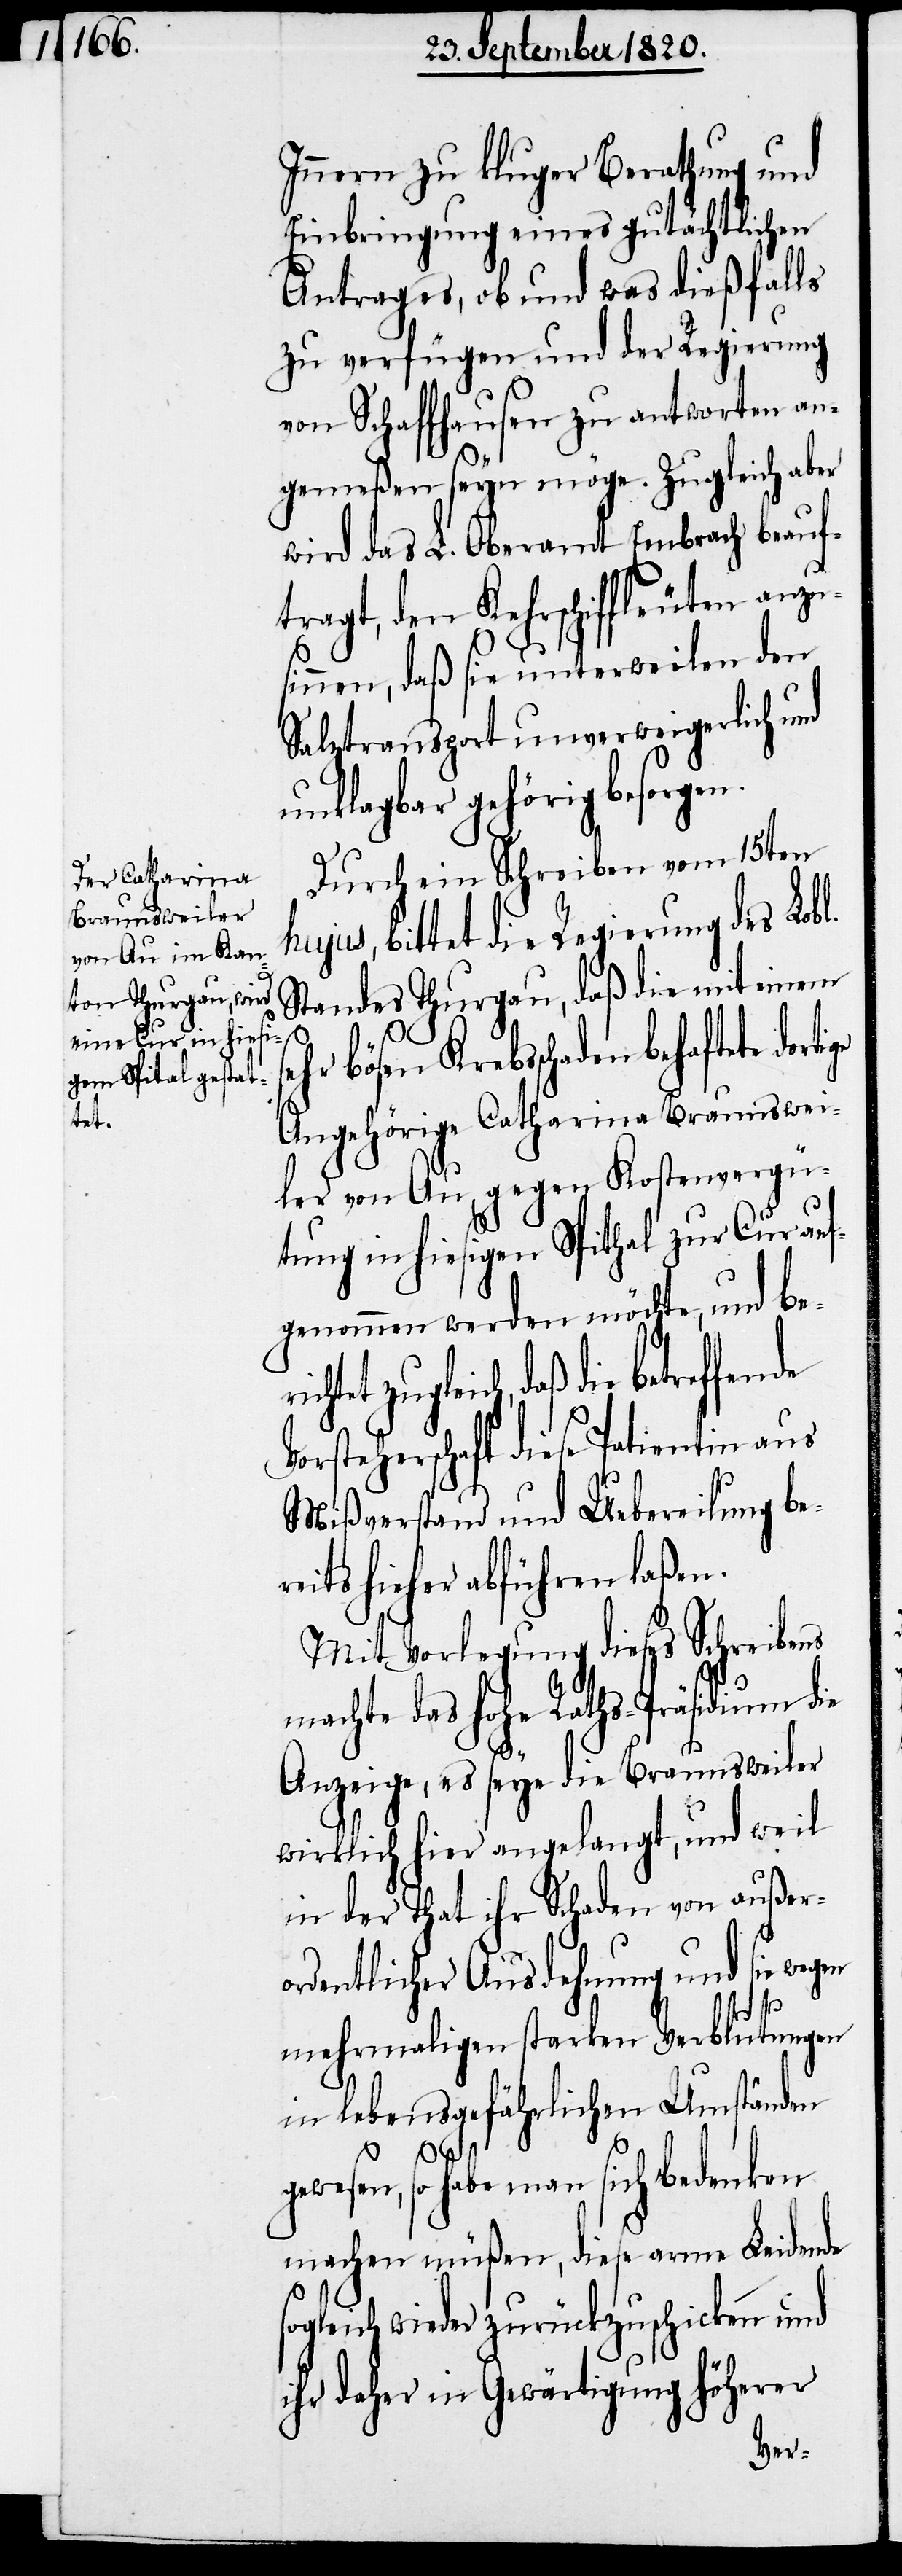
Innern zu kluger Berathung und
Einbringung eines gutächtlichen
Antrages, ob und was dießfalls
zu verfügen und der Regierung
von Schaffhausen zu antworten an¬
gemeßen seyn möge. Zugleich aber
wird das L. Oberamt Embrach beauf¬
tragt, den Kehrschiffleuten anzu¬
sinnen, daß sie unterweilen den
Salztransport unverweigerlich und
unklagbar gehörig besorgen.
Durch ein Schreiben vom 15ten
ujus, bittet die Regierung des Lob¬
Standes Thurgau, daß die mit einem
se¬
hr bösen Krebsschaden behaftete
Angehörige Catharina Braunswei¬
ler von Au gegen Kostenvergü¬
tung in hiesigen Spithal zur Cur auf¬
genommen werden möchte, und be¬
zugleich, daß die betreffende
Vorsteherschaft diese Patientin aus
Mißverstand und Uebereilung ber¬
eits hieher abführen laßen.
Mit Vorlegung dieses Schreibens
machte das hohe Raths-Präsidium die
Anzeige, es seye die Braunsweiler
wirklich hier angelangt, und weil
in der That ihr Schaden von außer¬
ordentlicher Ausdehnung und sie wegen
richtet
mehrmaligen starken Verblutungen
in lebensgefährlichen Umständen
gewesen, so habe man sich Bedenken
machen müßen, diese arme Leidende
sogleich wieder zurückzuschicken und
ihr daher in Gewärtigung höherer